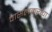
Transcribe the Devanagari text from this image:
पासलकरांचा